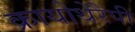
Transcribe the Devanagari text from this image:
क्रायोथेरैपी